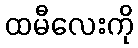
ထမီလေးကို